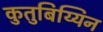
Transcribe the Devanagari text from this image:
कुतुबिय्यिन